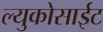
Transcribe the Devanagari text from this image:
ल्युकोसाईट